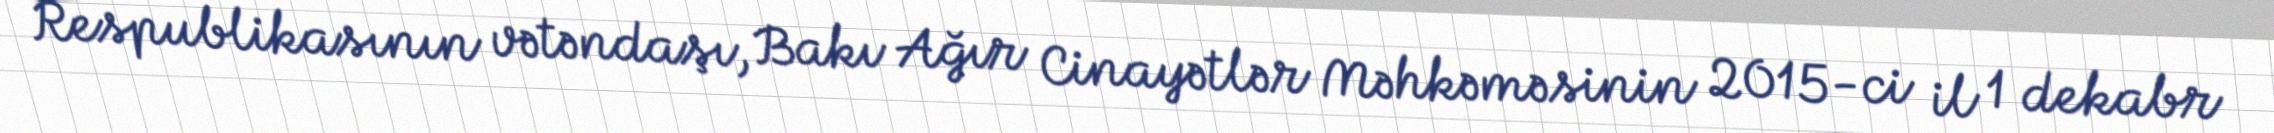
Respublikasının vətəndaşı, Bakı Ağır Cinayətlər Məhkəməsinin 2015-ci il 1 dekabr